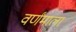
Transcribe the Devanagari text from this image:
वर्णंमाला